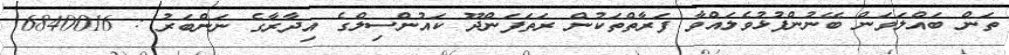
ތަން ބައްލަވަން ބޭނުންފުޅުވެލައްވާ ފަރާތްތަކުން ރަތަފަންދޫ ކައުންސިލްގެ އިދާރާގެ ނަންބަރު : 6840016